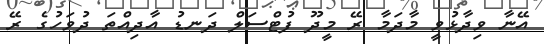
އޭނާ ވިދާޅުވީ މާދަމާ ރޭ މީދޫ ފުޓްސަލް ދަނޑު އާދިއްތަ ދުވަހުގެ ރޭ